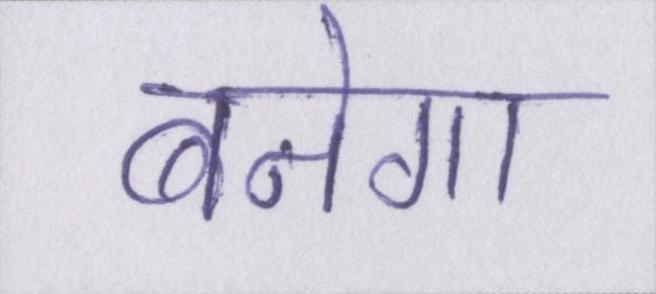
बनेगा